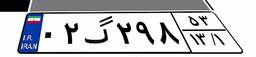
۰۲گ۲۹۸۵۳